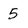
Character: 5